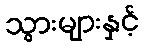
သွားများနှင့်